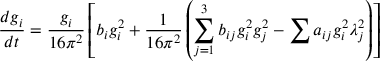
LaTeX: { \frac { d g _ { i } } { d t } } = { \frac { g _ { i } } { 1 6 \pi ^ { 2 } } } \left[ b _ { i } g _ { i } ^ { 2 } + { \frac { 1 } { 1 6 \pi ^ { 2 } } } \left( \sum _ { j = 1 } ^ { 3 } b _ { i j } g _ { i } ^ { 2 } g _ { j } ^ { 2 } - \sum a _ { i j } g _ { i } ^ { 2 } \lambda _ { j } ^ { 2 } \right) \right]